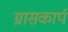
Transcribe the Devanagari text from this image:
ग्रासकार्प